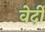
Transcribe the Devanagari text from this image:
वेर्दी